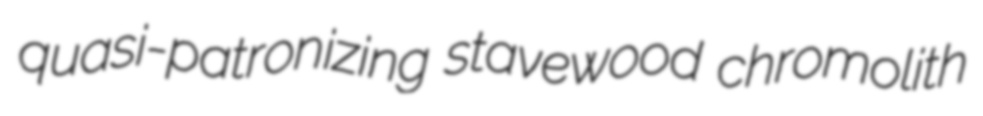
quasi-patronizing stavewood chromolith